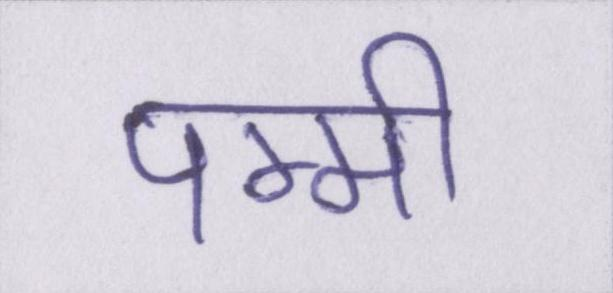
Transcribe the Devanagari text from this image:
पम्मी